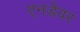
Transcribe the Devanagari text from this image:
एनडेवर